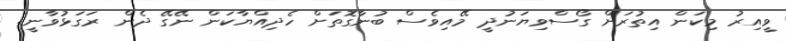
ވީއިރު މިކަން އިތުރަށް ގޯސްވިޔަނުދީ މޭއިވެސް ބުނާގޮތަށް ހެދިއްޔާކަން ނޭގޭ ދެން ރަގަޅުވާނީ..